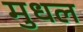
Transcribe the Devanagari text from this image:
मुधल